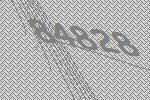
84828